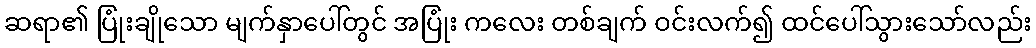
ဆရာ၏ ပြုံးချိုသော မျက်နှာပေါ်တွင် အပြုံး ကလေး တစ်ချက် ဝင်းလက်၍ ထင်ပေါ်သွားသော်လည်း